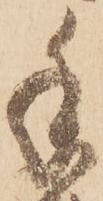
手